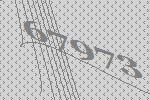
67973